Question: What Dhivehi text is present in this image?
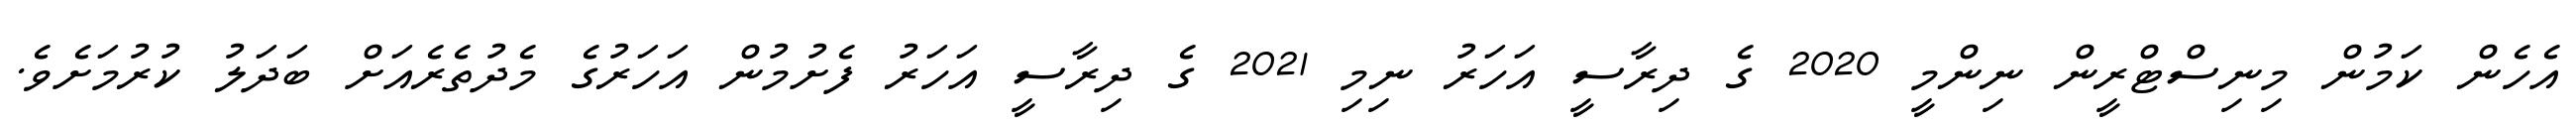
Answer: އެހެން ކަމުން މިނިސްޓްރީން ނިންމީ 2020 ގެ ދިރާސީ އަހަރު ނިމި 2021 ގެ ދިރާސީ އަހަރު ފެށުމުން އަހަރުގެ މެދުތެރެއަށް ބަދަލު ކުރުމަށެވެ.